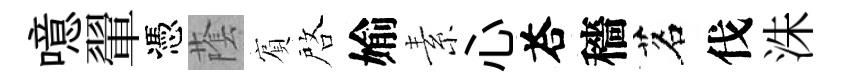
噫翬憑䕃賔啓媮素心荅穡茗伐洙